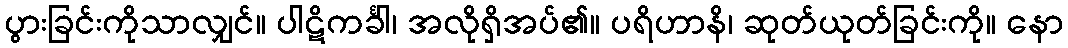
ပွားခြင်းကိုသာလျှင်။ ပါဋိကင်္ခါ၊ အလိုရှိအပ်၏။ ပရိဟာနိ၊ ဆုတ်ယုတ်ခြင်းကို။ နော